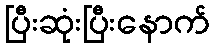
ပြီးဆုံးပြီးနောက်